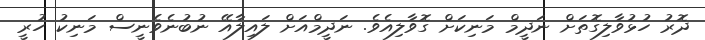
ދޮރު ހުޅުވާލިގޮތަށް ނަދީމް މަނިކަށް ގޮވާލިއެވެ. ނަދީމްއަށް ލައިލާއޭ ނުބުނެވެނީސް މަނިކު ހުރީ